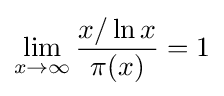
\lim _{x\to \infty }{\frac {x/\ln x}{\pi (x)}}=1